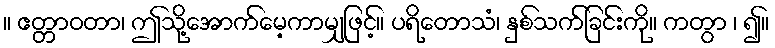
။ ဧတ္တာဝတာ၊ ဤသို့အောက်မေ့ကာမျှဖြင့်။ ပရိတောသံ၊ နှစ်သက်ခြင်းကို။ ကတွာ ၊ ၍။